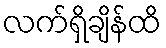
လက်ရှိချိန်ထိ